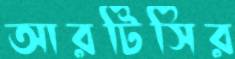
আরটিসির